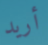
أريد